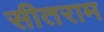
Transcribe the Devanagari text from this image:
सीतराम